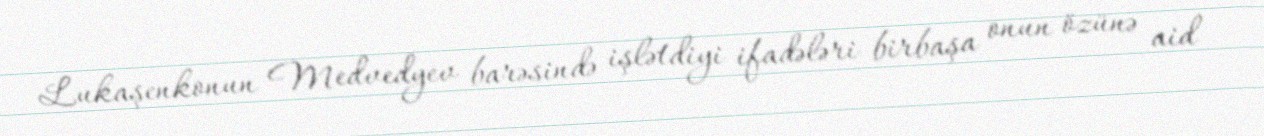
Lukaşenkonun Medvedyev barəsində işlətdiyi ifadələri birbaşa onun özünə aid